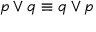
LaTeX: p \vee q \equiv q \vee p